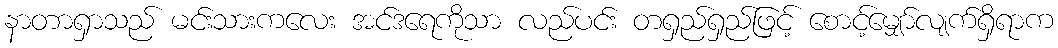
နာတာရှာသည် မင်းသားကလေး အင်ဒရေကိုသာ လည်ပင်း တရှည်ရှည်ဖြင့် စောင့်မျှော်လျက်ရှိရာက